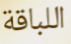
اللباقة